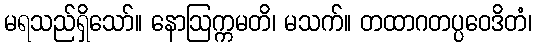
မရသည်ရှိသော်။ နောဩက္ကမတိ၊ မသက်။ တထာဂတပ္ပဝေဒိတံ၊